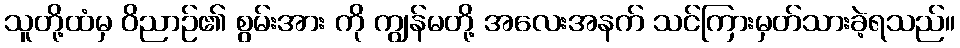
သူတို့ထံမှ ဝိညာဉ်၏ စွမ်းအား ကို ကျွန်မတို့ အလေးအနက် သင်ကြားမှတ်သားခဲ့ရသည်။